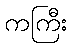
ကကြီး